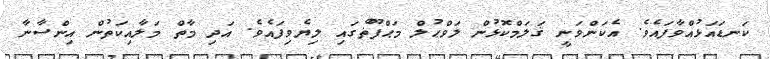
ކަނޑައަޅުއްވާފައެވެ. އެކަންވަނީ ޤަލަމްކޮޅުން ލަވްޙުލް މަޙްފޫޡްގައި ލިޔެވިފައެވެ. އަދި މާތް މަލާއިކަތުން އިންސާނާ